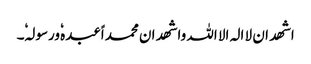
اشھد ان لا الہ الا اللہ واشھد ان محمد اًعبدہٗ ورسولہٗ۔